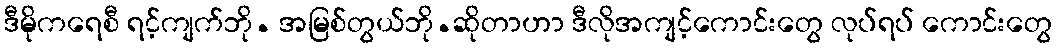
ဒီမိုကရေစီ ရင့်ကျက်ဘို. အမြစ်တွယ်ဘို.ဆိုတာဟာ ဒီလိုအကျင့်ကောင်းတွေ လုပ်ရပ် ကောင်းတွေ